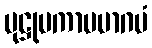
ပုဋ္ဌုမကာမမာဂမံ